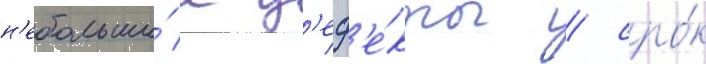
н'ебольши́е д'еф'е́кты / сро́к